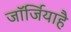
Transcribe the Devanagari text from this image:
जॉर्जियाहै